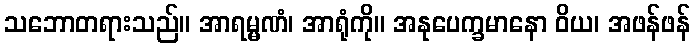
သဘောတရားသည်။ အာရမ္မဏံ၊ အာရုံကို။ အနုပေက္ခမာနော ဝိယ၊ အဖန်ဖန်